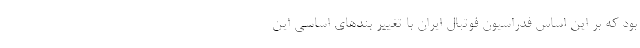
بود که بر این اساس فدراسیون فوتبال ایران با تغییر بندهای اساسی این